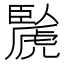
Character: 䖙